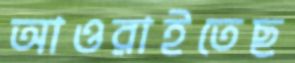
আওরাইতেছ